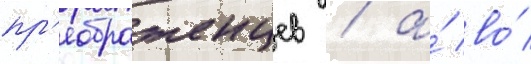
пр'еображенцев / а́ во́